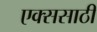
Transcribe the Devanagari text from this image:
एक्ससाठी